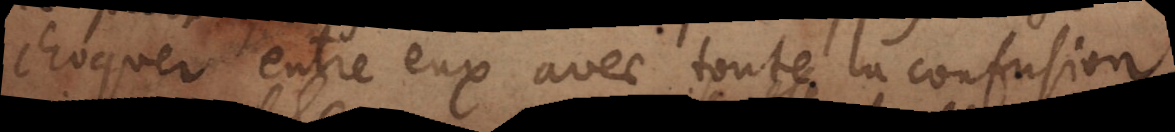
choquer entre eux avec toute la confusion